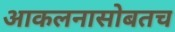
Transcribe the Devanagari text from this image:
आकलनासोबतच